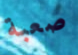
صعبة